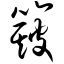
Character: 簸